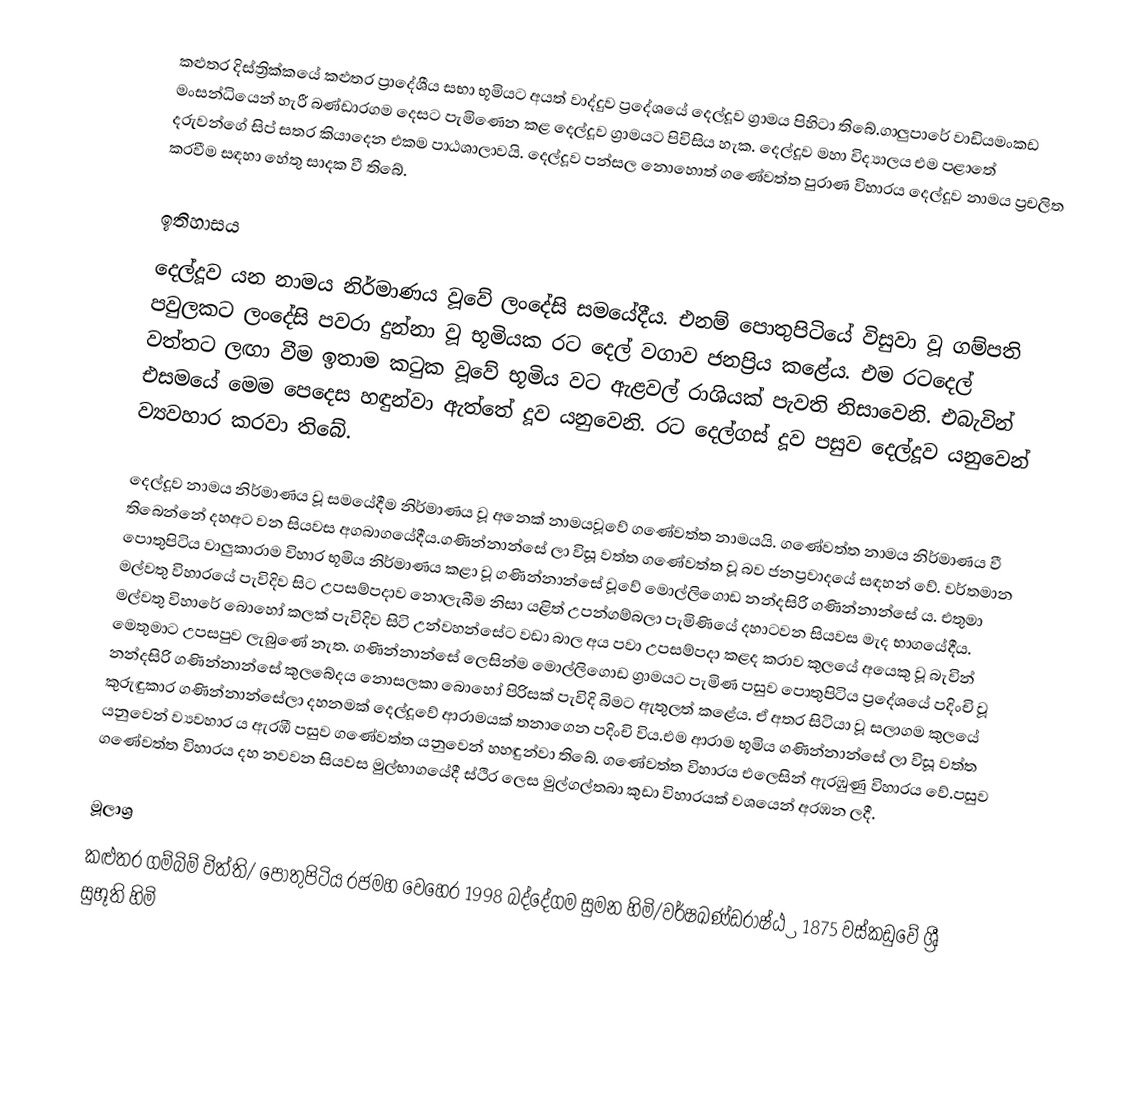
කළුතර දිස්ත්‍රික්කයේ කළුතර ප්‍රාදේශීය සභා භූමියට අයත් වාද්දුව ප්‍රදේශයේ දෙල්දූව ග්‍රාමය පිහිටා තිබේ.ගාලුපාරේ වාඩියමංකඩ මංසන්ධියෙන් හැරී බණ්ඩාරගම දෙසට පැමිණෙන කළ දෙල්දූව ග්‍රාමයට පිවිසිය හැක. දෙල්දූව මහා විද්‍යාලය එම පළාතේ දරුවන්ගේ සිප් සතර කියාදෙන එකම පාඨශාලාවයි. දෙල්දූව පන්සල නොහොත් ගණේවත්ත පුරාණ විහාරය දෙල්දූව නාමය ප්‍රචලිත කරවීම සඳහා හේතු සාදක වී තිබේ.

ඉතිහාසය
දෙල්දූව යන නාමය නිර්මාණය වූවේ ලංදේසි සමයේදීය. එනම් පොතුපිටියේ විසුවා වූ ගම්පති පවුලකට ලංදේසි පවරා දුන්නා වූ භූමියක රට දෙල් වගාව ජනප්‍රිය කළේය. එම රටදෙල් වත්තට ලඟා වීම ඉතාම කටුක වූවේ භූමිය වට ඇළවල් රාශියක් පැවති නිසාවෙනි. එබැවින් එසමයේ මෙම පෙදෙස හඳුන්වා ඇත්තේ දූව යනුවෙනි. රට දෙල්ගස් දූව පසුව දෙල්දූව යනුවෙන් ව්‍යවහාර කරවා තිබේ.

දෙල්දූව නාමය නිර්මාණය වූ සමයේදීම නිර්මාණය වූ අනෙක් නාමයවූවේ ගණේවත්ත නාමයයි. ගණේවත්ත නාමය නිර්මාණය වී තිබෙන්නේ දහඅට වන සියවස අගබාගයේදීය.ගණින්නාන්සේ ලා විසූ වත්ත ගණේවත්ත වූ බව ජනප්‍රවාදයේ සඳහන් වේ. වර්තමාන පොතුපිටිය වාලුකාරාම විහාර භූමිය නිර්මාණය කළා වූ ගණින්නාන්සේ වූවේ මොල්ලිගොඩ නන්දසිරි ගණින්නාන්සේ ය. එතුමා මල්වතු විහාරයේ පැවිදිව සිට උපසම්පදාව නොලැබීම නිසා යළිත් උපන්ගම්බලා පැමිණියේ දහාටවන සියවස මැද භාගයේදීය. මල්වතු විහාරේ බොහෝ කලක් පැවිදිව සිටි උන්වහන්සේට වඩා බාල අය පවා උපසම්පදා කළද කරාව කුලයේ අයෙකු වූ බැවින් මෙතුමාට උපසපුව ලැබුණේ නැත. ගණින්නාන්සේ ලෙසින්ම මොල්ලිගොඩ ග්‍රාමයට පැමිණ පසුව පොතුපිටිය ප්‍රදේශයේ පදිංචි වූ නන්දසිරි ගණින්නාන්සේ කුලබේදය නොසලකා බොහෝ පිරිසක් පැවිදි බිමට ඇතුලත් කළේය. ඒ අතර සිටියා වූ සලාගම කුලයේ කුරුඳුකාර ගණින්නාන්සේලා දහනමක් දෙල්දූවේ ආරාමයක් තනාගෙන පදිංචි විය.එම ආරාම භූමිය ගණින්නාන්සේ ලා විසූ වත්ත යනුවෙන් ව්‍යවහාර ය ඇරඹී පසුව ගණේවත්ත යනුවෙන් හහඳුන්වා තිබේ. ගණේවත්ත විහාරය එලෙසින් ඇරඹුණු විහාරය වේ.පසුව ගණේවත්ත විහාරය දහ නවවන සියවස මුල්භාගයේදී ස්ථිර ලෙස මුල්ගල්තබා කුඩා විහාරයක් වශයෙන් අරඹන ලදී.

මූලාශ්‍ර
කළුතර ගම්බිම් විත්ති/ පොතුපිටිය රජමහ වෙහෙර 1998 බද්දේගම සුමන හිමි/වර්ෂඛණ්ඩරාෂ්ඨ්‍ර 1875 වස්කඩුවේ ශ්‍රී සුභූති හිමි